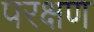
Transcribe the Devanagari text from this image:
परक्षण